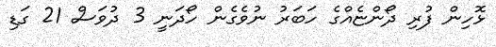
ޅޮހިން ފުރި ދޯންޏެއްގެ ހަބަރު ނުވެގެން ހޯދަނީ 3 ދުވަސް 21 ގަޑި